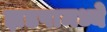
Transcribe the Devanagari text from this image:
झडपामध्ये